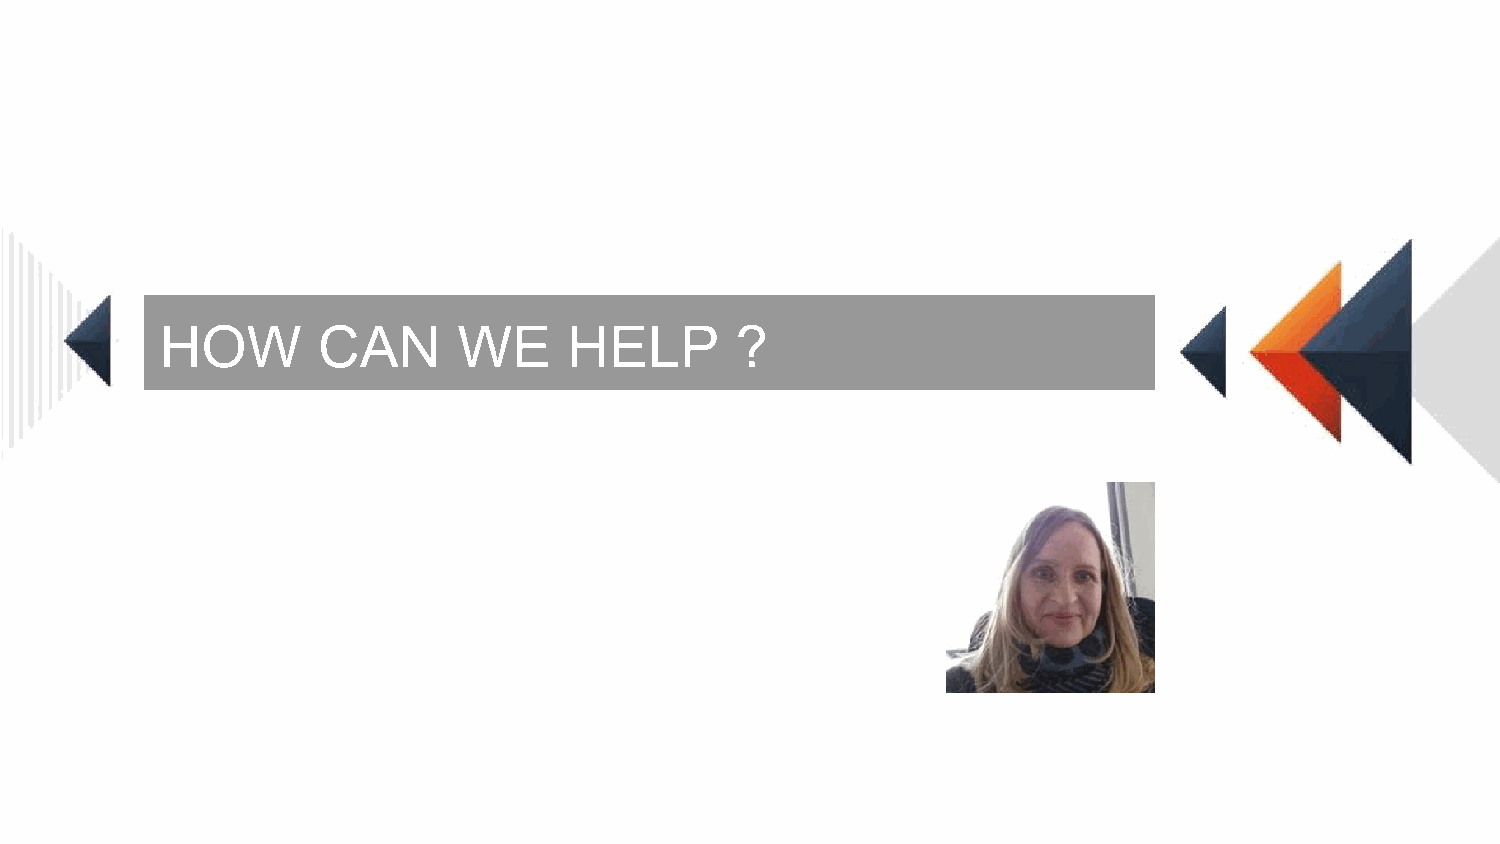
HOW       CAN      WE      HELP       ?